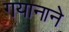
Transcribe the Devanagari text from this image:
गयानाने